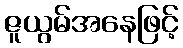
ဇူယွမ်အနေဖြင့်